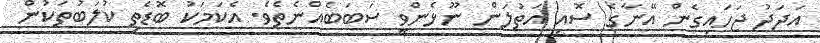
އަދަދު ޖަހައިގެން އޭނާގެ ސޮއި އަތުލަން ނޫޅެންވީ ސަބަބެއްނެތެވެ. އެކަމަކު ބޮޑެތި ކުލަބުތަކުން